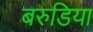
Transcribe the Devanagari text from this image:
बरुडिया